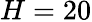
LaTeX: H=20